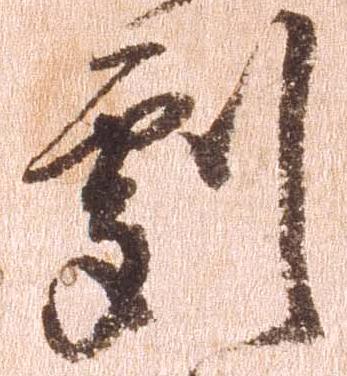
劇